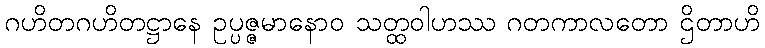
ဂဟိတဂဟိတဋ္ဌာနေ ဥပ္ပဇ္ဇမာနောဝ သတ္ထဝါဟဿ ဂတကာလတော ဌိတာဟိ